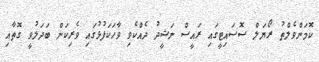
ކޮމަންވެލްތު ރޯޔަލް ސޮސައިޓީގައި ރައީސް ނަޝީދު ދެއްކެވި ވާހަކަފުޅުގައި ވެރިކަން ބަދަލުވީ ގޮތާއި